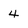
Character: 4